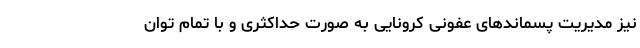
نیز مدیریت پسماندهای عفونی کرونایی به صورت حداکثری و با تمام توان